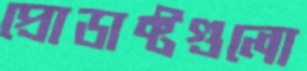
প্রোডাক্টগুলো